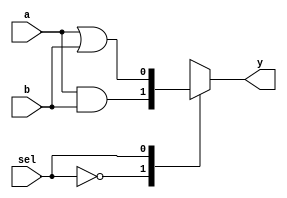
//2022-05-15  
//
`timescale 1ns/10ps 


module fn_sw(a,b,sel,y);


input  a,b,sel;
output y;

// assign y=sel?(a^b):(a&b);

reg y;
always@(a or b or sel ) 

begin 

case(sel)

2'b00:begin y<=a&b;end
2'b01:begin y<=a|b;end
2'b10:begin y<=a^b;end
2'b11:begin y<=~(a^b);end
endcase

end

endmodule